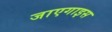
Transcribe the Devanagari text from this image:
जाएगाइस